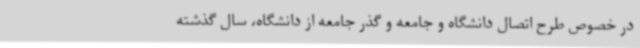
در خصوص طرح اتصال دانشگاه و جامعه و گذر جامعه از دانشگاه، سال گذشته